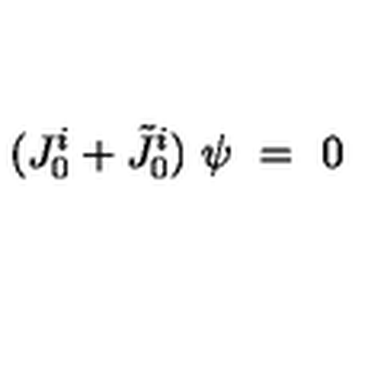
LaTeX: ( J _ { 0 } ^ { i } + \tilde { J } _ { 0 } ^ { i } ) \ \psi \ = \ 0